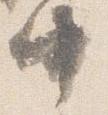
中